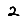
Digit: 2